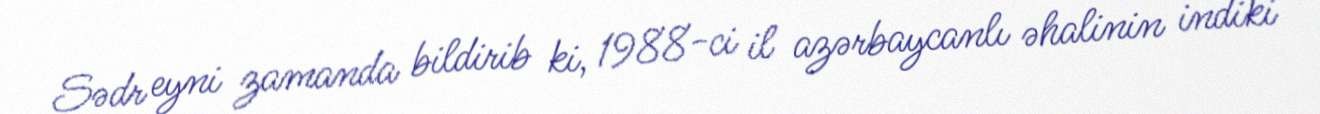
Sədr eyni zamanda bildirib ki, 1988-ci il azərbaycanlı əhalinin indiki